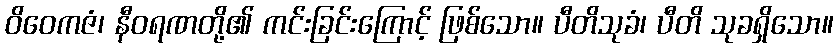
ဝိဝေကဇံ၊ နီဝရဏတို့၏ ကင်းခြင်းကြောင့် ဖြစ်သော။ ပီတိသုခံ၊ ပီတိ သုခရှိသော။